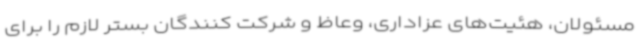
مسئولان، هئیت‌های عزاداری، وعاظ و شرکت کنندگان بستر لازم را برای